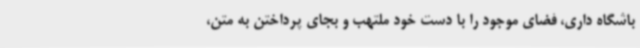
باشگاه داری، فضای موجود را با دست خود ملتهب و بجای پرداختن به متن،